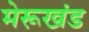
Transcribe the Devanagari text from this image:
मेरूखंड